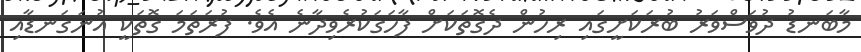
މާބަނޑު ދުވަސްވަރު ބުރަކަށީގައި ރިހުން ދެގޮތަކަށް ފާހަގަކުރެވިދާނެ އެވެ. ފުރަތަމަ ގޮތަކީ އުނަގަނޑާއި